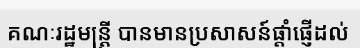
គណៈរដ្ឋមន្ត្រី បានមានប្រសាសន៍ផ្តាំផ្ញើដល់